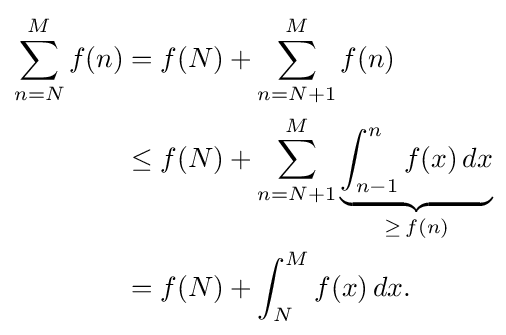
{\begin{aligned}\sum _{n=N}^{M}f(n)&=f(N)+\sum _{n=N+1}^{M}f(n)\\&\leq f(N)+\sum _{n=N+1}^{M}\underbrace {\int _{n-1}^{n}f(x)\,dx} _{\geq \,f(n)}\\&=f(N)+\int _{N}^{M}f(x)\,dx.\end{aligned}}